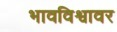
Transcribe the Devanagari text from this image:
भावविश्वावर